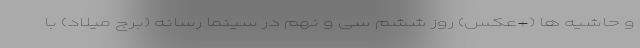
و حاشیه‌ ها (+عکس) روز ششم سی و نهم در سینما رسانه (برج میلاد) با